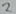
Text: 2